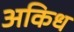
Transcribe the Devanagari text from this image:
अकिध